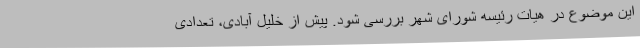
این موضوع در هیات رئیسه شورای شهر بررسی شود. پیش از خلیل آبادی، تعدادی